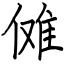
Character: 傩